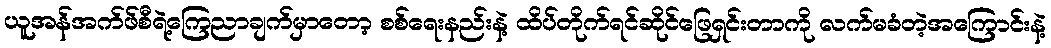
ယူအန်အက်ဖ်စီရဲ့ကြေညာချက်မှာတော့ စစ်ရေးနည်းနဲ့ ထိပ်တိုက်ရင်ဆိုင်ဖြေရှင်းတာကို လက်မခံတဲ့အကြောင်းနဲ့